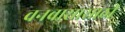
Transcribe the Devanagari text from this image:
वनवासासाठी